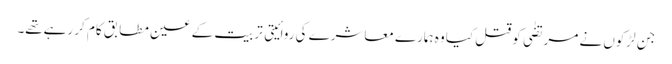
جن لڑکوں نے مرتضٰی کو قتل کیا وہ ہمارے معاشرے کی روائیتی تربیت کے عین مطابق کام کر رہےتھے۔